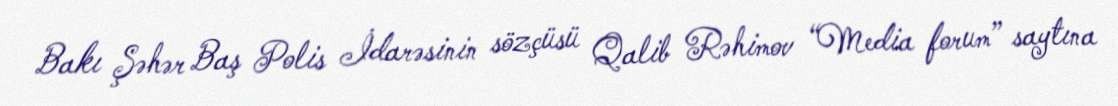
Bakı Şəhər Baş Polis İdarəsinin sözçüsü Qalib Rəhimov “Media forum” saytına